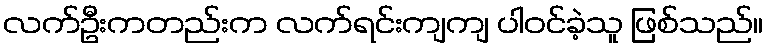
လက်ဦးကတည်းက လက်ရင်းကျကျ ပါဝင်ခဲ့သူ ဖြစ်သည်။